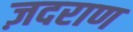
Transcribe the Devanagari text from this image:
ज़दराण